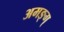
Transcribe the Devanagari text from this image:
अमङ्ग्